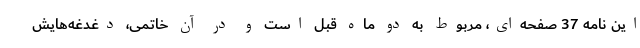
این نامه 37 صفحه‌ای، مربوط به دو ماه قبل است و در آن خاتمی، دغدغه‌هایش